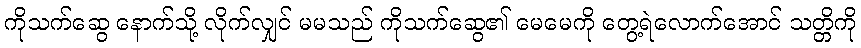
ကိုသက်ဆွေ နောက်သို့ လိုက်လျှင် မမသည် ကိုသက်ဆွေ၏ မေမေကို တွေ့ရဲလောက်အောင် သတ္တိကို